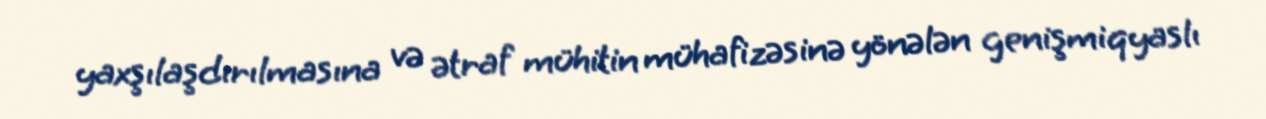
yaxşılaşdırılmasına və ətraf mühitin mühafizəsinə yönələn genişmiqyaslı